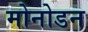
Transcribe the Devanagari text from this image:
मोनोडन